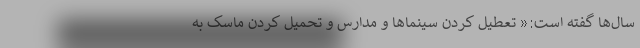
سال‌ها گفته است:« تعطیل کردن سینماها و مدارس و تحمیل کردن ماسک به